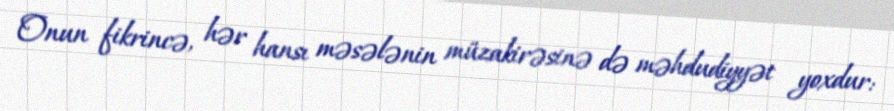
Onun fikrincə, hər hansı məsələnin müzakirəsinə də məhdudiyyət yoxdur: